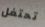
تحتفل